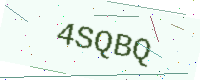
Text: 4SQBQ